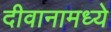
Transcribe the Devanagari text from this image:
दीवानामध्ये